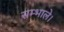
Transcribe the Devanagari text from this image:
सम्भाले।